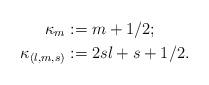
LaTeX: \begin{align*} \kappa_{m}&:=m+1/2;\\ \kappa_{(l,m,s)}&:=2sl+s+1/2.\end{align*}